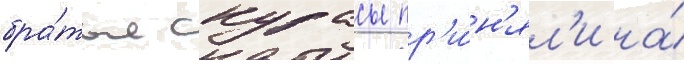
бра́тья скурасы пр'и́н'ял'и на́